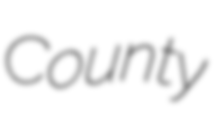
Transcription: County